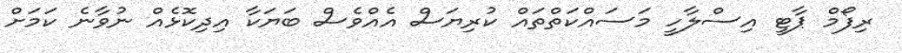
ރިފޯމް ޕާޓީ އިސްލާހީ މަސައްކަތްތައް ކުރިޔަސް އެއްވެސް ބަޔަކާ އިދިކޮޅެއް ނުވާނެ ކަމަށް